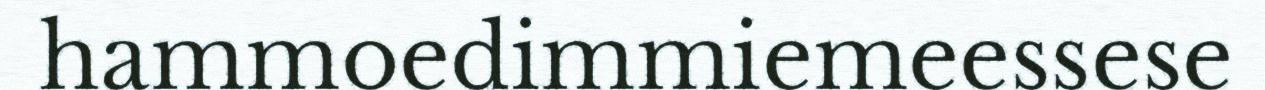
hammoedimmiemeessese